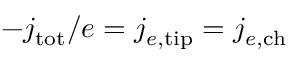
- j _ { \mathrm { t o t } } / e = j _ { e , \mathrm { t i p } } = j _ { e , \mathrm { c h } }